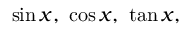
\sin x , \ \cos x , \ \tan x ,